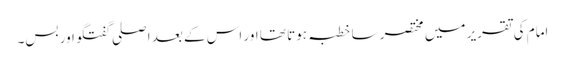
امام کی تقریر میں مختصر سا خطبہ ہوتا تھا اور اس کے بعد اصلی گفتگو اور بس۔